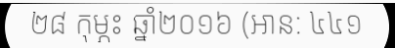
២៨ កុម្ភះ ឆ្នាំ២០១៦ (អាន: ៤៤១